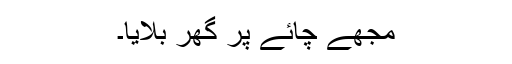
مجھے چائے پر گھر بلایا۔